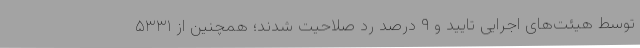
توسط هیئت‌های اجرایی تایید و ۹ درصد رد صلاحیت شدند؛ همچنین از ۵۳۳۱